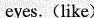
eyes. (like)